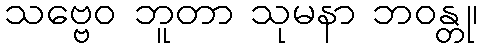
သဗ္ဗေဝ ဘူတာ သုမနာ ဘဝန္တု၊